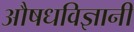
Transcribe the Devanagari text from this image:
औषधविज्ञानी